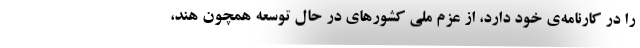
را در کارنامه‌ی خود دارد، از عزم ملی کشورهای در حال توسعه همچون هند،